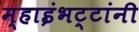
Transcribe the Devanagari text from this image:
म्हाइंभट्टांनी